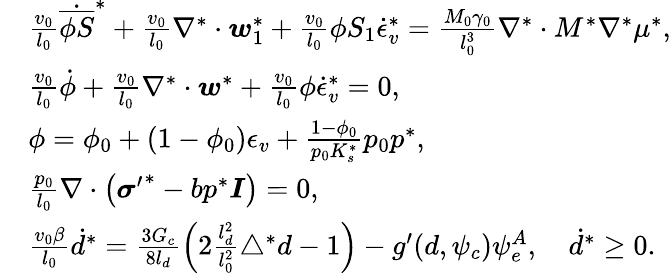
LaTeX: \begin{array}{rl}&{\frac{v_{0}}{l_{0}}\dot{\overline{{\phi S}}}^{*}+\frac{v_{0}}{l_{0}}\nabla^{*}\cdot\boldsymbol{w}_{1}^{*}+\frac{v_{0}}{l_{0}}\phi S_{1}\dot{\epsilon}_{v}^{*}=\frac{M_{0}\gamma_{0}}{l_{0}^{3}}\nabla^{*}\cdot M^{*}\nabla^{*}\mu^{*},}\\ &{\frac{v_{0}}{l_{0}}\dot{\phi}+\frac{v_{0}}{l_{0}}\nabla^{*}\cdot\boldsymbol{w}^{*}+\frac{v_{0}}{l_{0}}\phi\dot{\epsilon}_{v}^{*}=0,}\\ &{\phi=\phi_{0}+(1-\phi_{0})\epsilon_{v}+\frac{1-\phi_{0}}{p_{0}K_{s}^{*}}p_{0}p^{*},}\\ &{\frac{p_{0}}{l_{0}}\nabla\cdot\left({\boldsymbol{\sigma}^{\prime}}^{*}-bp^{*}\boldsymbol{I}\right)=0,}\\ &{\frac{v_{0}\beta}{l_{0}}\dot{d}^{*}=\frac{3G_{c}}{8l_{d}}\left(2\frac{l_{d}^{2}}{l_{0}^{2}}\triangle^{*}{d}-1\right)-g^{\prime}(d,\psi_{c})\psi_{e}^{A},\quad\dot{d}^{*}\ge 0.}\end{array}